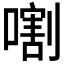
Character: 𱔣